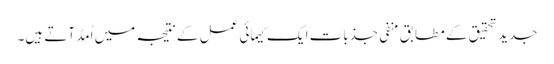
جدید تحقیق کے مطابق منفی جذبات ایک کیمائی عمل کے نتیجہ میں اُمڈ آتے ہیں۔